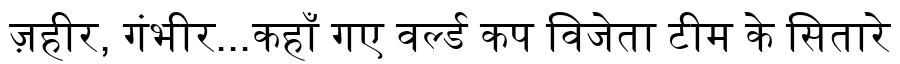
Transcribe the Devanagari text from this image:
ज़हीर, गंभीर...कहाँ गए वर्ल्ड कप विजेता टीम के सितारे